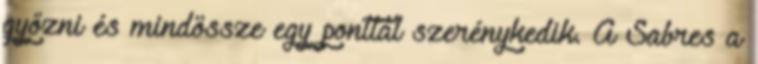
győzni és mindössze egy ponttal szerénykedik. A Sabres a